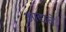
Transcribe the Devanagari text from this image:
आद्यत्ते